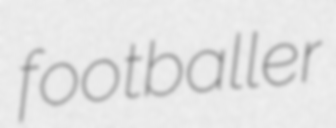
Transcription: footballer